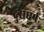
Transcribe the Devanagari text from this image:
दुराधर्षः